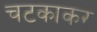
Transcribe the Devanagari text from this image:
चटकाकर